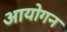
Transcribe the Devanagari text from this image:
आयोगन